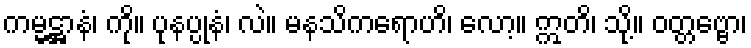
ကမ္မဋ္ဌာနံ၊ ကို။ ပုနပ္ပုနံ၊ လဲ။ မနသိကရောဟိ၊ လော့။ ဣတိ၊ သို့။ ဝတ္တဗ္ဗော၊